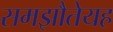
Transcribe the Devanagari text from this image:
समझौतेयह